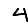
Digit: 4